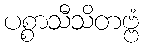
ပစ္စာသီသိတဗ္ဗံ